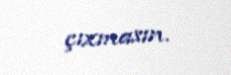
çıxmasın.